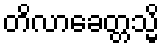
တိလာခေတ္တသ္မိ